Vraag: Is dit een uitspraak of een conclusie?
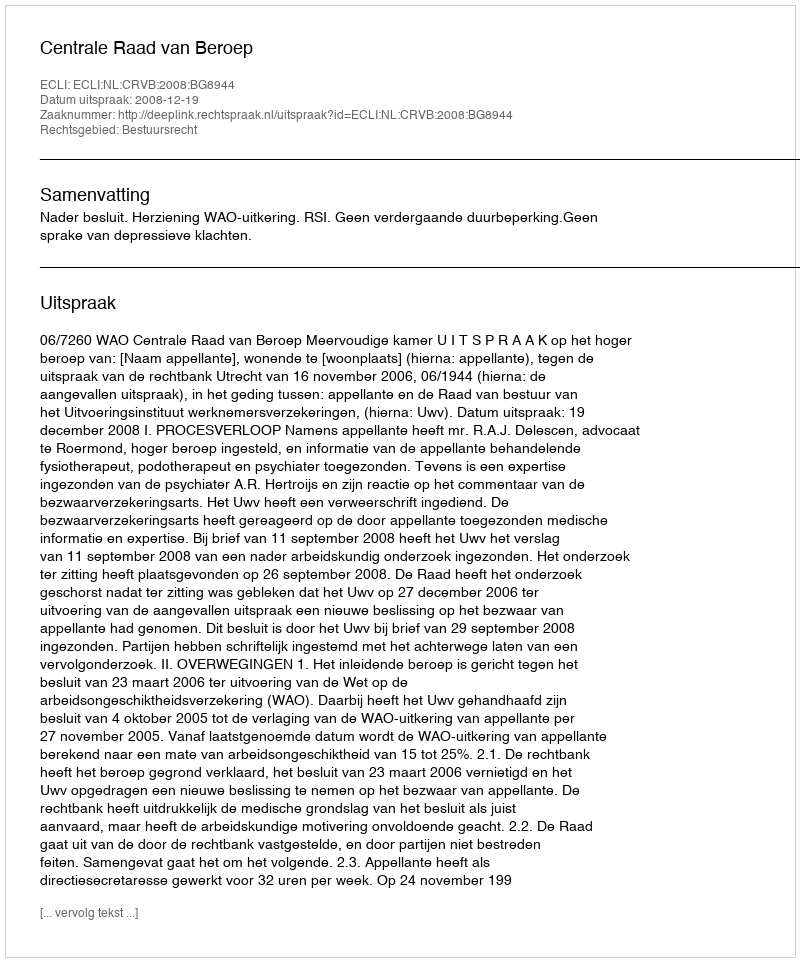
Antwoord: Uitspraak